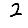
Digit: 2